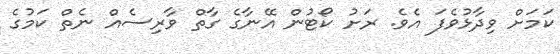
ކަމަށް ވިދާޅުވެފަ އެވެ. ރަށު ކޯޓުން އޭނާގެ ގާތް ވާރިސެއް ނެތް ކަމުގެ